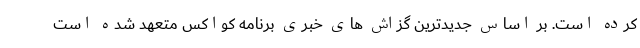
کرده است. بر اساس جدیدترین گزاش های خبری برنامه کواکس متعهد شده است